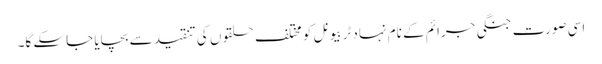
اسی صورت جنگی جرائم کے نام نہاد ٹربیونل کو مختلف حلقوں کی تنقید سے بچایا جاسکے گا۔